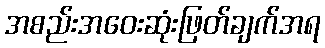
အစည်းအဝေးဆုံးဖြတ်ချက်အရ